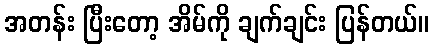
အတန်း ပြီးတော့ အိမ်ကို ချက်ချင်း ပြန်တယ်။